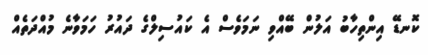
ކޮނޑޭ އިންތިހާބު އަލުން ބޭއްވި ނަމަވެސް އެ ކައުސިލްގެ ދައުރު ހަމަވާނެ މުއްދަތެއް